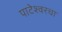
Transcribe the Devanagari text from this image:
पाटेश्वरचा